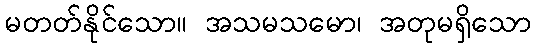
မတတ်နိုင်သော။ အသမသမော၊ အတုမရှိသော